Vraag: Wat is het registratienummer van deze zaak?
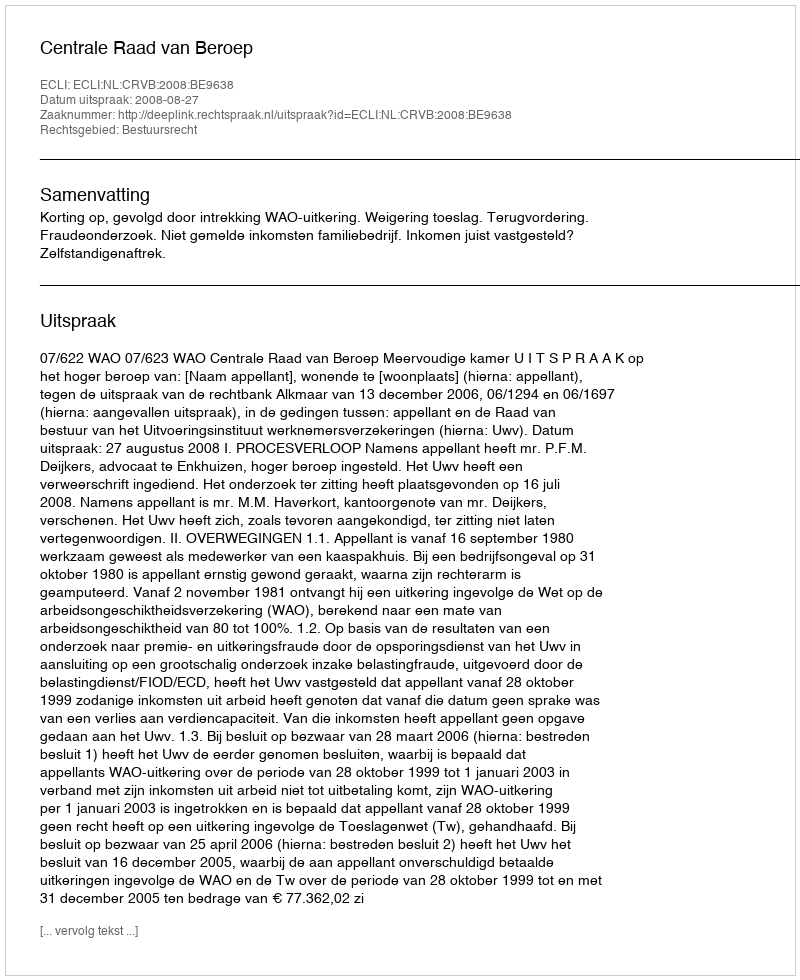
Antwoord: http://deeplink.rechtspraak.nl/uitspraak?id=ECLI:NL:CRVB:2008:BE9638